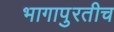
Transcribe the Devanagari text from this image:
भागापुरतीच